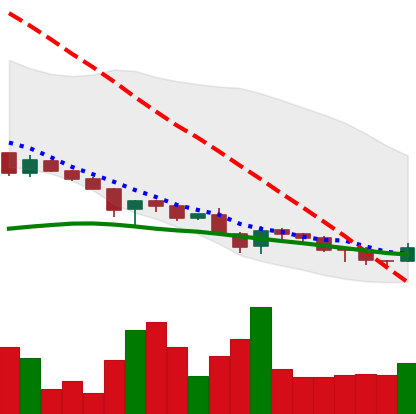
Ticker: DOGE-USD
Chart end date: 2018-11-28
Forward return: 5.565%
Label: up_5_7